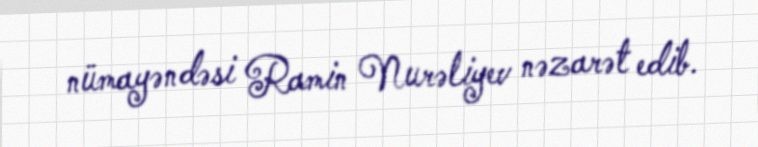
nümayəndəsi Ramin Nurəliyev nəzarət edib.